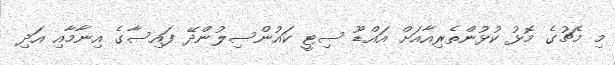
މި މެޗުގެ މޮޅު ކުޅުންތެރިއާއަށް އައްޑޫ ސިޓީ ކައުންސިލުންދޭ ފައިސާގެ އިނާމާއި އަދި